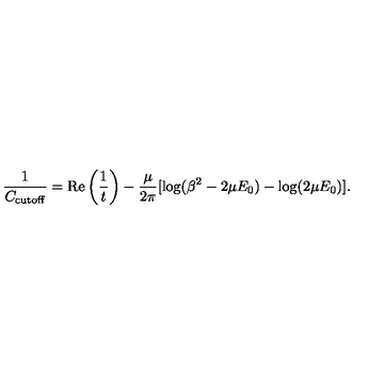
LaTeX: \frac { 1 } { C _ { \mathrm { c u t o f f } } } = \mathrm { R e } \left( \frac { 1 } { t } \right) - \frac { \mu } { 2 \pi } [ \log ( \beta ^ { 2 } - 2 \mu E _ { 0 } ) - \log ( 2 \mu E _ { 0 } ) ] .